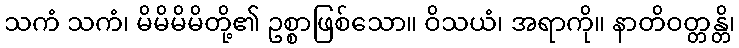
သကံ သကံ၊ မိမိမိမိတို့၏ ဥစ္စာဖြစ်သော။ ဝိသယံ၊ အရာကို။ နာတိဝတ္တန္တိ၊